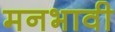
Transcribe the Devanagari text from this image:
मनभावी